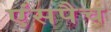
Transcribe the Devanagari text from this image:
एंसपैच